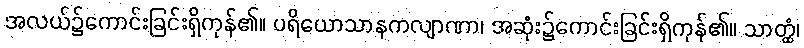
အလယ်၌ကောင်းခြင်းရှိကုန်၏။ ပရိယောသာနကလျာဏာ၊ အဆုံး၌ကောင်းခြင်းရှိကုန်၏။ သာတ္ထံ၊